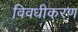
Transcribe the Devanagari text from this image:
विवधीकरण